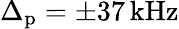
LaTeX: \Delta_{\mathrm{p}}=\pm 37\, \mathrm{kHz}